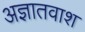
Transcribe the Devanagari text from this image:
अज्ञातवाश